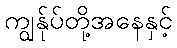
ကျွန်ုပ်တို့အနေနှင့်